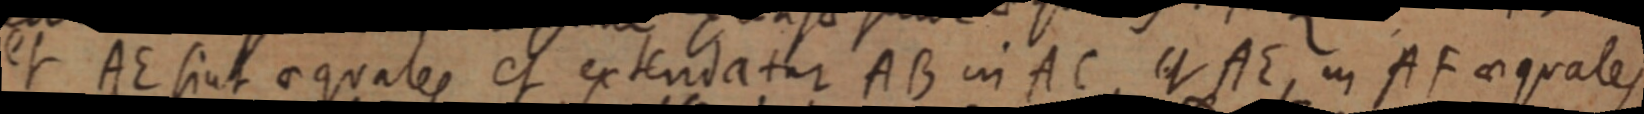
et AE sint aequales et extendatur AB in AC, et AE, in AF aequales